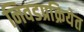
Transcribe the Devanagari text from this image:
निवडप्रक्रियेत